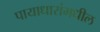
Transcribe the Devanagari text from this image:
पायाधारांमधील